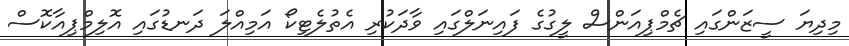
މިދިޔަ ސީޒަންގައި ޗެމްޕިއަންސް ލީގުގެ ފައިނަލްގައި ވާދަކުރި އެތުލެޓިކޯ އަމިއްލަ ދަނޑުގައި އޮލިމްޕިއާކޮސް